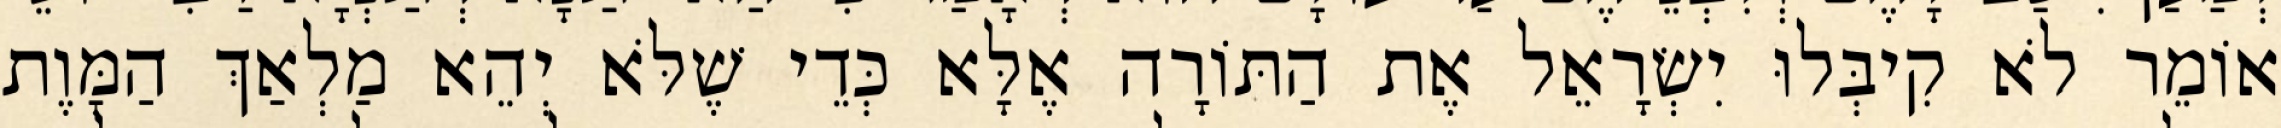
אוֹמֵר לֹא קִיבְּלוּ יִשְׂרָאֵל אֶת הַתּוֹרָה אֶלָּא כְּדֵי שֶׁלֹּא יְהֵא מַלְאַךְ הַמָּוֶת